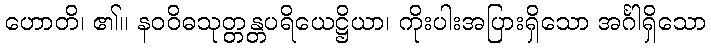
ဟောတိ၊ ၏။ နဝဝိဓသုတ္တန္တပရိယေဋ္ဌိယာ၊ ကိုးပါးအပြားရှိသော အင်္ဂါရှိသော